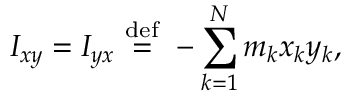
I _ { x y } = I _ { y x } \ { \stackrel { \mathrm { d e f } } { = } } \ - \sum _ { k = 1 } ^ { N } m _ { k } x _ { k } y _ { k } , \,